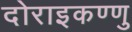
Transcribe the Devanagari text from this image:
दोराइकण्णु